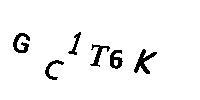
GC1T6K